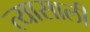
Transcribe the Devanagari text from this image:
त्‍यासाली